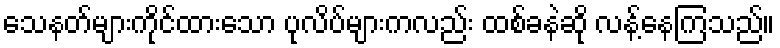
သေနတ်များကိုင်ထားသော ပုလိပ်များကလည်း ထစ်ခနဲဆို လန့်နေကြသည်။